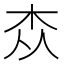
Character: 𮲭